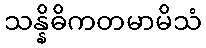
သန္နိဓိကတမာမိသံ